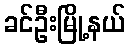
ခင်ဦးမြို့နယ်